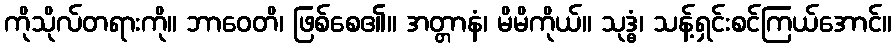
ကိုသိုလ်တရားကို။ ဘာဝေတိ၊ ဖြစ်စေ၏။ အတ္တာနံ၊ မိမိကိုယ်။ သုဒ္ဓံ၊ သန့်ရှင်းစင်ကြယ်အောင်။